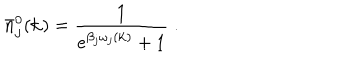
LaTeX: \bar { n } _ { j } ^ { 0 } ( { \bf k } ) = \frac { 1 } { { e } ^ { \beta _ { j } \omega _ { j } ( { \bf k } ) } + 1 } \; .